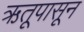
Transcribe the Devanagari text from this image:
ऋतूपासून